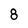
Character: 8